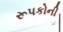
રૂપકોની